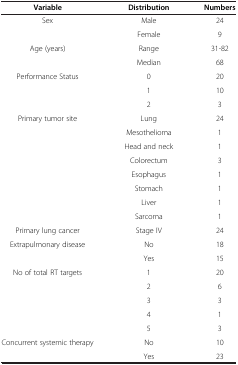
<table><thead><tr><td><b>Variable</b></td><td><b>Distribution</b></td><td><b>Numbers</b></td></tr></thead><tbody><tr><td rowspan="2">Sex</td><td>Male</td><td>24</td></tr><tr><td>Female</td><td>9</td></tr><tr><td rowspan="2">Age (years)</td><td>Range</td><td>31-82</td></tr><tr><td>Median</td><td>68</td></tr><tr><td rowspan="3">Performance Status</td><td>0</td><td>20</td></tr><tr><td>1</td><td>10</td></tr><tr><td>2</td><td>3</td></tr><tr><td rowspan="8">Primary tumor site</td><td>Lung</td><td>24</td></tr><tr><td>Mesothelioma</td><td>1</td></tr><tr><td>Head and neck</td><td>1</td></tr><tr><td>Colorectum</td><td>3</td></tr><tr><td>Esophagus</td><td>1</td></tr><tr><td>Stomach</td><td>1</td></tr><tr><td>Liver</td><td>1</td></tr><tr><td>Sarcoma</td><td>1</td></tr><tr><td>Primary lung cancer</td><td>Stage IV</td><td>24</td></tr><tr><td rowspan="2">Extrapulmonary disease</td><td>No</td><td>18</td></tr><tr><td>Yes</td><td>15</td></tr><tr><td rowspan="5">No of total RT targets</td><td>1</td><td>20</td></tr><tr><td>2</td><td>6</td></tr><tr><td>3</td><td>3</td></tr><tr><td>4</td><td>1</td></tr><tr><td>5</td><td>3</td></tr><tr><td>Concurrent systemic therapy</td><td>No</td><td>10</td></tr><tr><td> </td><td>Yes</td><td>23</td></tr></tbody></table>